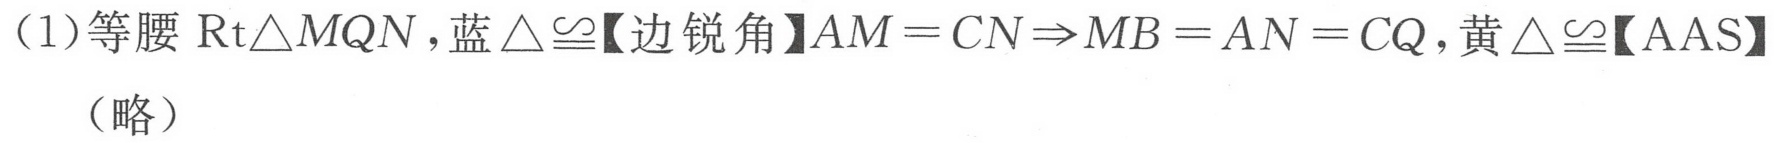
（1）等腰\(\text{Rt}\triangle MQN\)，蓝\(\triangle\cong\)【边锐角】\(AM = CN\Rightarrow MB = AN = CQ\)，黄\(\triangle\cong\)【\(AAS\)】（略）